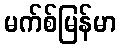
မက်စ်မြန်မာ